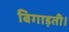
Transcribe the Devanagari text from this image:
बिगाड़ती।